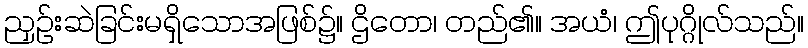
ညှဉ်းဆဲခြင်းမရှိသောအဖြစ်၌။ ဌိတော၊ တည်၏။ အယံ၊ ဤပုဂ္ဂိုလ်သည်။